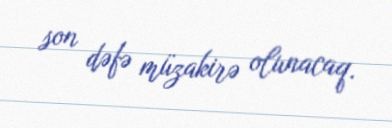
son dəfə müzakirə olunacaq.